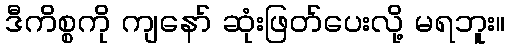
ဒီကိစ္စကို ကျနော် ဆုံးဖြတ်ပေးလို့ မရဘူး။